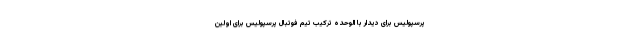
پرسپولیس برای دیدار با الوحده ترکیب تیم فوتبال پرسپولیس برای اولین